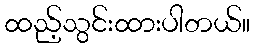
ထည့်သွင်းထားပါတယ်။